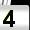
Digit: 4